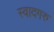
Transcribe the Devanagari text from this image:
स्वादगरु